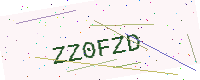
Text: ZZ0FZD